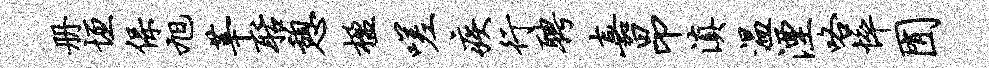
册垣保旭莘聒憩楹嗟疾行聘嘉昂滇温湮咯悴囿